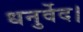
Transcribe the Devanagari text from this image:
धनुर्वेद।